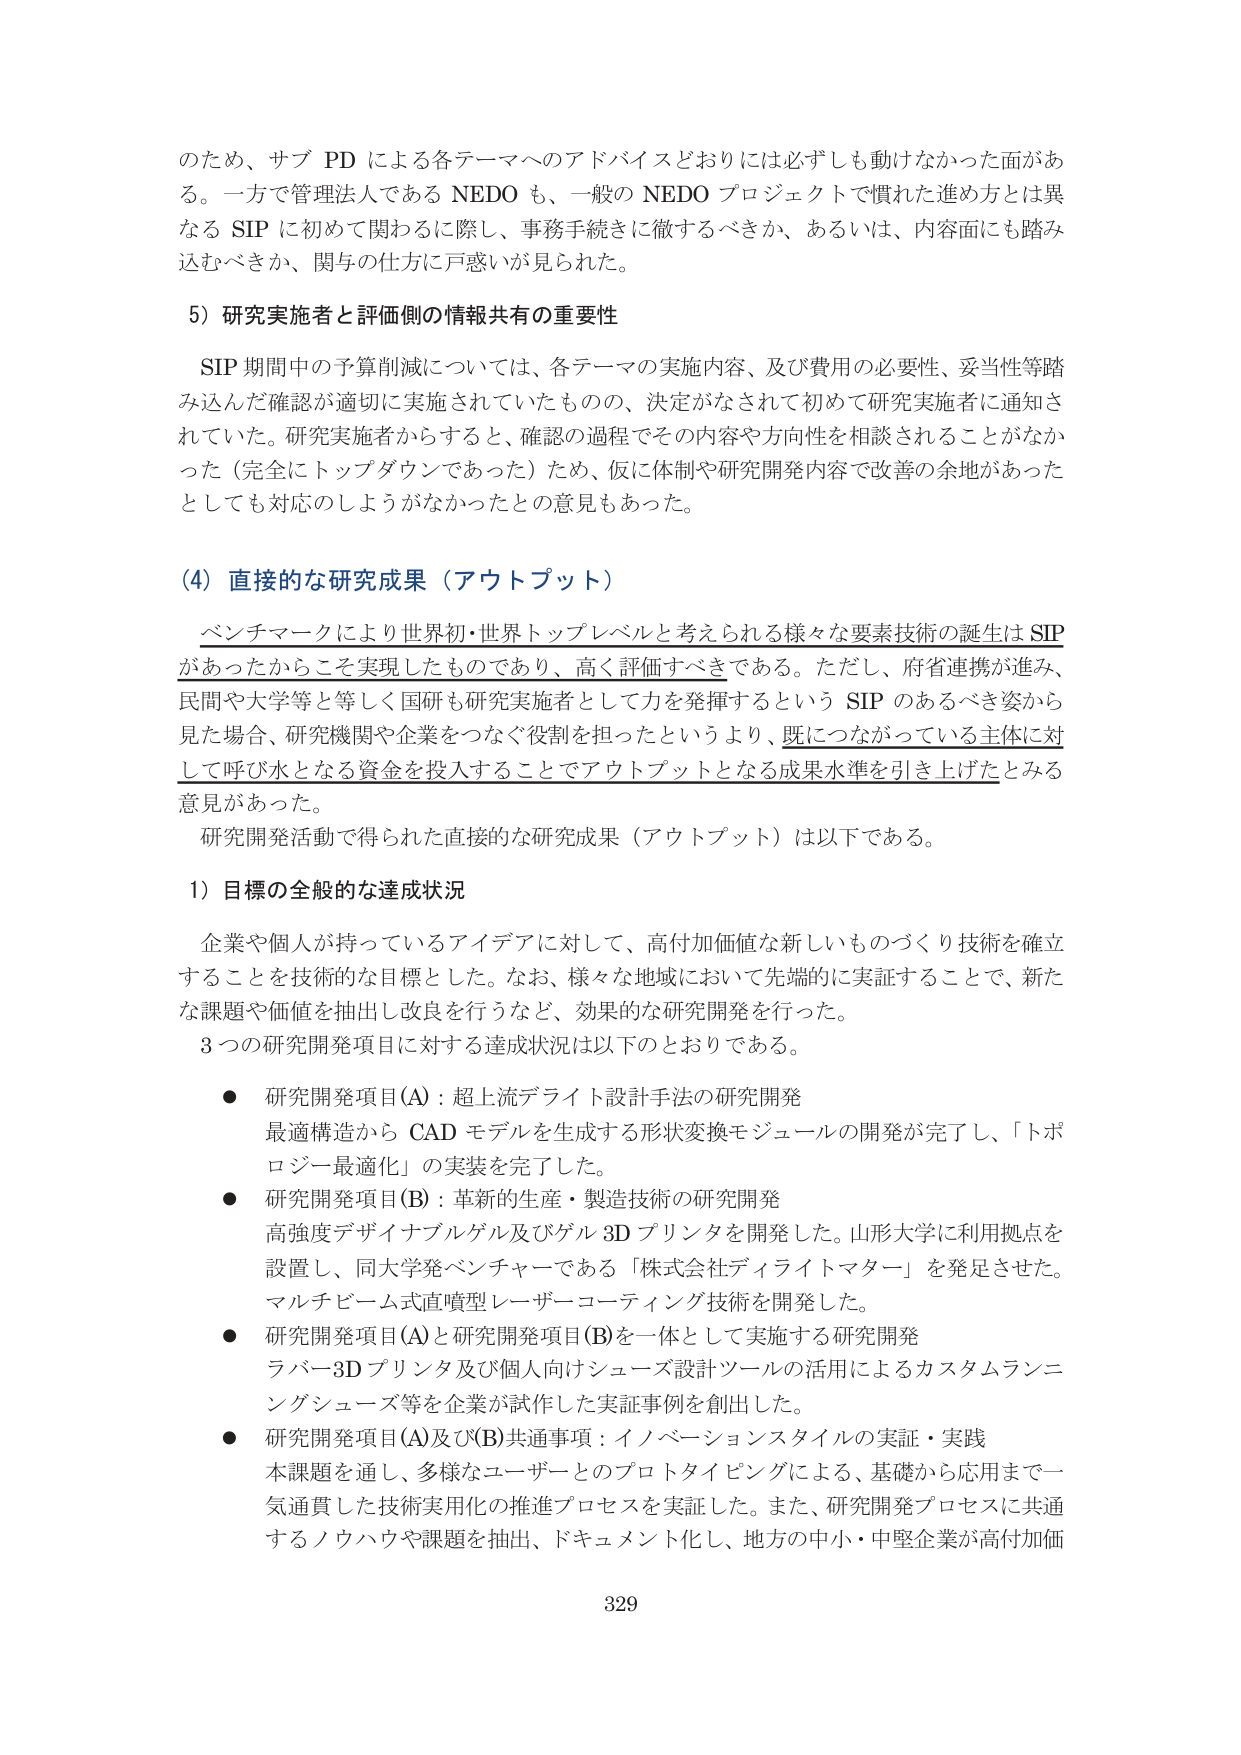
のため、サブ PD による各テーマへのアドバイスどおりには必ずしも動けなかった面があ
る。一方で管理法人である NEDO も、一般の NEDO プロジェクトで慣れた進め方とは異
なる SIP に初めて関わるに際し、事務手続きに徹するべきか、あるいは、内容にも踏み
込むべきか、関与の仕方に戸惑いが見られた。

5）研究実施者と評価側の情報共有の重要性

SIP 期間中の予算削減については、各テーマの実施内容、及び費用の必要性、妥当性等踏
み込んだ確認が適切に実施されていたものの、決定がなされて初めて研究実施者に通知さ
れていた。研究実施者からすると、確認の過程でその内容や方向性を相談されることがなか
った（完全にトップダウンであった）ため、仮に体制や研究開発内容で改善の余地があった
としても対応のしようがなかったとの意見もあった。

（4）直接的な研究成果（アウトプット）

ベンチマークにより世界初・世界トップレベルと考えられる様々な要素技術の誕生は SIP
があったからこそ実現したものであり、高く評価すべきである。ただし、府省連携が進み、
民間や大学等と等しく国研も研究実施者として力を発揮するという SIP のあるべき姿から
見た場合、研究機関や企業をつなぐ役割を担ったというより、既につながっている主体に対
して呼び水となる資金を投入することでアウトプットとなる成果水準を引き上げたとみる
意見があった。

研究開発活動で得られた直接的な研究成果（アウトプット）は以下である。

1）目標の全般的な達成状況

企業や個人が持っているアイデアに対して、高付加価値な新しいものづくり技術を確立
することを技術的な目標とした。なお、様々な地域において先端的に実証することで、新た
な課題や価値を抽出し改良を行うなど、効果的な研究開発を行った。

3つの研究開発項目に対する達成状況は以下のとおりである。

● 研究開発項目(A)：超上流デライト設計手法の研究開発
最適構造から CAD モデルを生成する形状変換モジュールの開発が完了し、「トポ
ロジー最適化」の実装を完了した。

● 研究開発項目(B)：革新的生産・製造技術の研究開発
高強度デザインナブルゲル及びゲル 3D プリンタを開発した。山形大学に利用拠点を
設置し、同大学発ベンチャーである「株式会社ディライトマター」を発足させた。
マルチビーム式直噴型レーザーコーティング技術を開発した。

● 研究開発項目(A)と研究開発項目(B)を一体として実施する研究開発
ラバー3Dプリンタ及び個人向けシューズ設計ツールの活用によるカスタムランニ
ングシューズ等を企業が試作した実証事例を創出した。

● 研究開発項目(A)及び(B)共通事項：イノベーションスタイルの実証・実践
本課題を通し、多様なユーザーとのプロトタイピングによる、基礎から応用まで一
気通貫した技術実用化の推進プロセスを実証した。また、研究開発プロセスに共通
するノウハウや課題を抽出、ドキュメント化し、地方の中小・中堅企業が高付加価

329